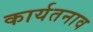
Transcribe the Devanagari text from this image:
कार्यतनाव